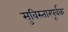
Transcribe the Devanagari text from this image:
सुविस्तारपूर्वक